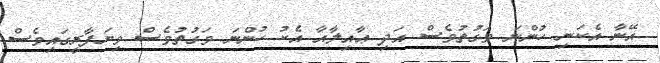
އޭނާ އެކަނި ހުންނަ ވަގުތުވެސް އަދި ޢާއިލާއާ އެކު ހުންނަ ވަގުތުވެސް ވިޔަފާރީގައިވެސް